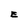
Character: E